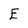
Character: E